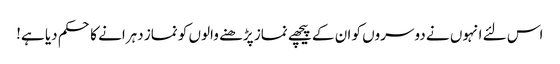
اس لئے انہوں نے دوسروں کو ان کے پیچھے نماز پڑھنے والوں کو نماز دہرانے کا حکم دیا ہے!